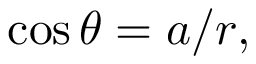
\cos \theta = a / r ,